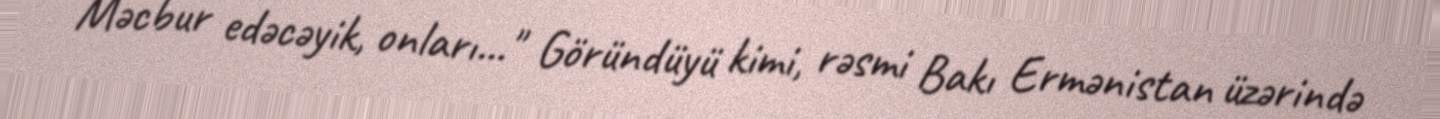
Məcbur edəcəyik, onları..." Göründüyü kimi, rəsmi Bakı Ermənistan üzərində